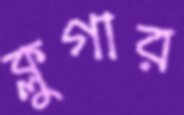
ক্লুগার